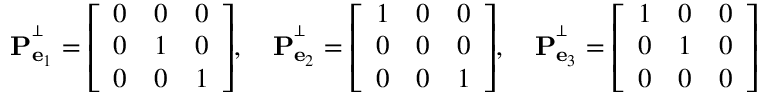
\mathbf { P } _ { \mathbf { e } _ { 1 } } ^ { ^ { \perp } } = { \left[ \begin{array} { l l l } { 0 } & { 0 } & { 0 } \\ { 0 } & { 1 } & { 0 } \\ { 0 } & { 0 } & { 1 } \end{array} \right] } , \quad \mathbf { P } _ { \mathbf { e } _ { 2 } } ^ { ^ { \perp } } = { \left[ \begin{array} { l l l } { 1 } & { 0 } & { 0 } \\ { 0 } & { 0 } & { 0 } \\ { 0 } & { 0 } & { 1 } \end{array} \right] } , \quad \mathbf { P } _ { \mathbf { e } _ { 3 } } ^ { ^ { \perp } } = { \left[ \begin{array} { l l l } { 1 } & { 0 } & { 0 } \\ { 0 } & { 1 } & { 0 } \\ { 0 } & { 0 } & { 0 } \end{array} \right] }